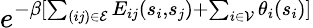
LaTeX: e^{-\beta[\sum_{(ij)\in\mathcal{E}}E_{ij}(s_{i},s_{j})+\sum_{i\in\mathcal{V}}\theta_{i}(s_{i})]}